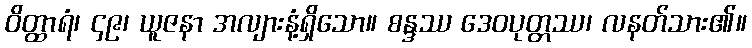
ဝိတ္ထာရံ၊ ၄၉၊ ယူဇနာ အလျားနံ့ရှိသော။ စန္ဒဿ ဒေဝပုတ္တဿ၊ လနတ်သား၏။